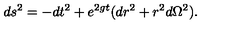
d s ^ { 2 } = - d t ^ { 2 } + e ^ { 2 g t } ( d r ^ { 2 } + r ^ { 2 } d \Omega ^ { 2 } ) .